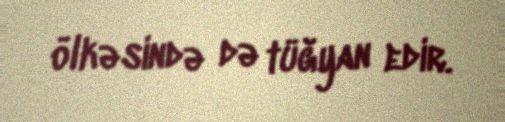
ölkəsində də tüğyan edir.